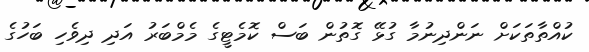
ކުއްތާތަކަށް ނަންދިނުމާ ގުޅޭ ގޮތުން ބަސް ކޮމެޓީގެ މެމްބަރު އަދި ދިވެހި ބަހުގެ